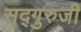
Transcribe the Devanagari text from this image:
सद्गुरुजी